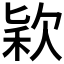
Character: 𣣅